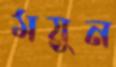
ময়ুন